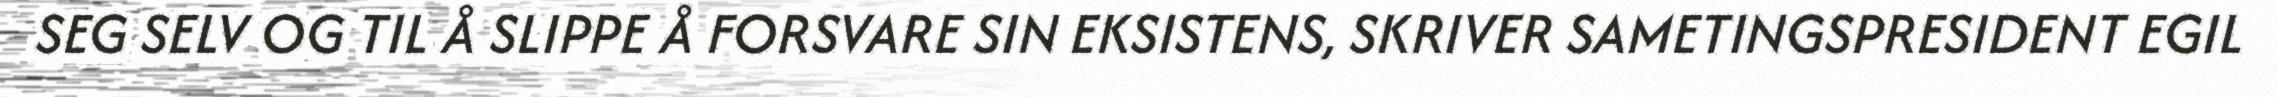
SEG SELV OG TIL Å SLIPPE Å FORSVARE SIN EKSISTENS, SKRIVER SAMETINGSPRESIDENT EGIL